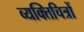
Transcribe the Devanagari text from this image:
व्यक्तिचित्रों